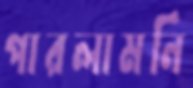
পারলামনি